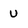
Character: u